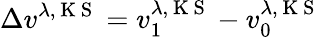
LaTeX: \Delta v^{\lambda,\mathrm{~K~S~}}=v_{1}^{\lambda,\mathrm{~K~S~}}-v_{0}^{\lambda,\mathrm{~K~S~}}